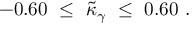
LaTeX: - 0 . 6 0 ~ \leq ~ \tilde { \kappa } _ { \gamma } ~ \leq ~ 0 . 6 0 ~ .